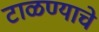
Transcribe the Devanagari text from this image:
टाळण्याचे